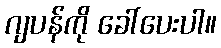
ဂျပန်ကို ခေါ်ပေးပါ။